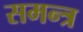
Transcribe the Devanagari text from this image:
समन्त्र